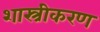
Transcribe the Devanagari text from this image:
शास्त्रीकरण